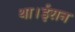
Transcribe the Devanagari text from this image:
था।ईरान